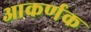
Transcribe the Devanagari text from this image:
आकर्णक